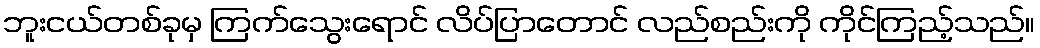
ဘူးငယ်တစ်ခုမှ ကြက်သွေးရောင် လိပ်ပြာတောင် လည်စည်းကို ကိုင်ကြည့်သည်။